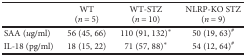
<table><thead><tr><td></td><td><b>WT (<i>n</i> = 5)</b></td><td><b>WT-STZ (<i>n</i> = 10)</b></td><td><b>NLRP-KO STZ (<i>n</i> = 9)</b></td></tr></thead><tbody><tr><td>SAA (<i>u</i>g/ml)</td><td>56 (45, 66)</td><td>110 (91, 132)<sup>∗</sup></td><td>50 (19, 63)<sup>#</sup></td></tr><tr><td>IL-18 (pg/ml)</td><td>18 (15, 22)</td><td>71 (57, 88)<sup>∗</sup></td><td>54 (12, 64)<sup>#</sup></td></tr></tbody></table>